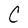
Character: C